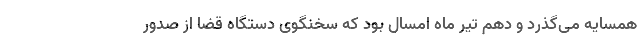
همسایه می‌گذرد و دهم تیر ماه امسال بود که سخنگوی دستگاه قضا از صدور